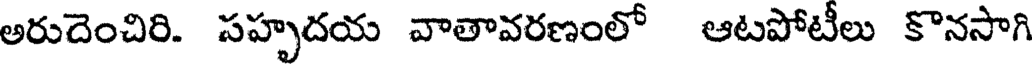
అరుదెంచిరి. సహృదయ వాతావరణంలో ఆటపోటీలు కొనసాగి